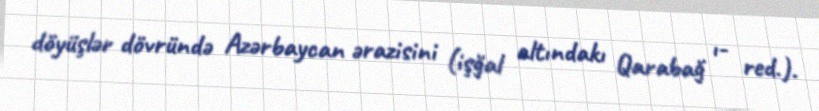
döyüşlər dövründə Azərbaycan ərazisini (işğal altındakı Qarabağ ı- red.).